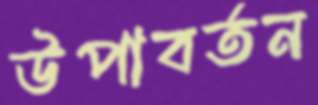
উপাবর্তন